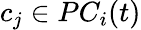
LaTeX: c_{j}\in PC_{i}(t)